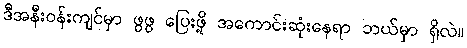
ဒီအနီးဝန်းကျင်မှာ ဖွဖွ ပြေးဖို့ အကောင်းဆုံးနေရာ ဘယ်မှာ ရှိလဲ။